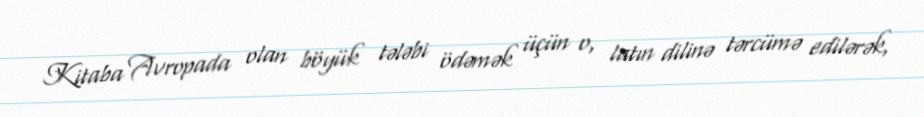
Kitaba Avropada olan böyük tələbi ödəmək üçün o, latın dilinə tərcümə edilərək,